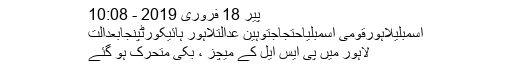
پیر 18 فروری 2019 - 10:08
اسمبلیلاہورقومی اسمبلیاحتجاجتوہین عدالتلاہور ہائیکورٹپنجابعدالت
لاہور میں پی ایس ایل کے میچز ، بُکی متحرک ہو گئے